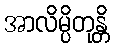
အာလိမ္ပိတုန္တိ